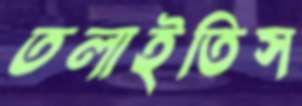
তলাইতিস